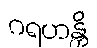
ဂရဟန္တိ